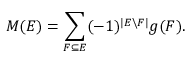
M ( E ) = \sum _ { F \subseteq E } ( - 1 ) ^ { | E \backslash F | } g ( F ) .